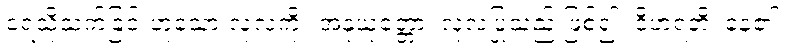
ရေသို့သက်ခြင်းဟူသော လုံ့လကို။ အနုယုတ္တော၊ လုံ့လပြုသည် ဖြစ်၍။ ဝိဟရတိ၊ နေ၏။